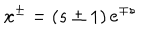
x ^ { \pm } = \left( s \pm 1 \right) e ^ { \mp s }